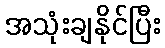
အသုံးချနိုင်ပြီး